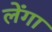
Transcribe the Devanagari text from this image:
लेंगा